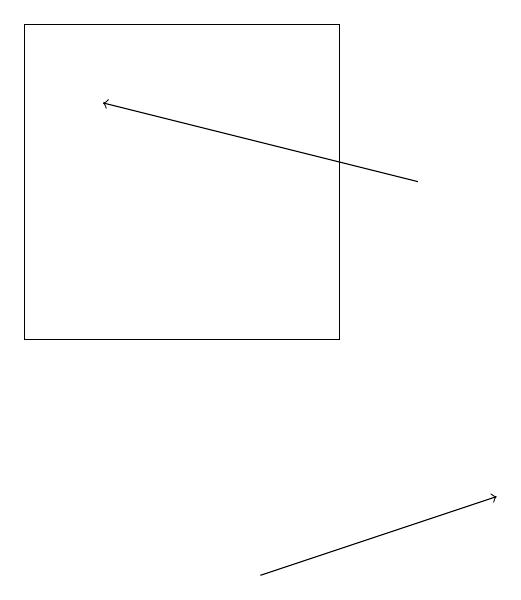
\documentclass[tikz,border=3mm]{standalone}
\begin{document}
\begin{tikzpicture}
\draw[->] (6,10) -- (9,11);
\draw (3,13) rectangle (7,17);
\draw[->] (8,15) -- (4,16);
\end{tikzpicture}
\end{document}